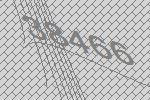
38466